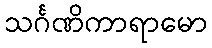
သင်္ဂဏိကာရာမော